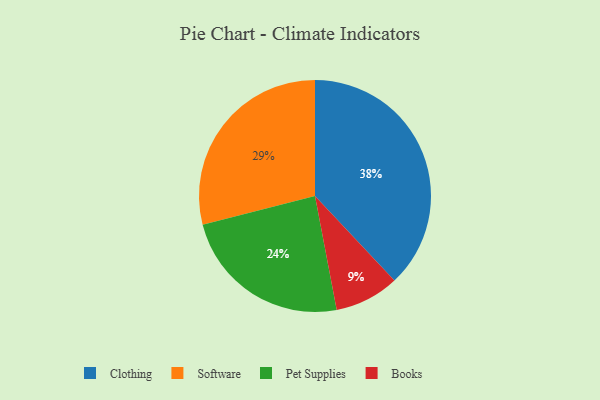
{"axis": {"x": "Category", "y": "Percentage"}, "legend": ["Books", "Clothing", "Pet Supplies", "Software"], "data": [{"x": "Software", "y": 29, "type": "Software"}, {"x": "Books", "y": 9, "type": "Books"}, {"x": "Clothing", "y": 38, "type": "Clothing"}, {"x": "Pet Supplies", "y": 24, "type": "Pet Supplies"}]}